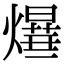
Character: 𤑻